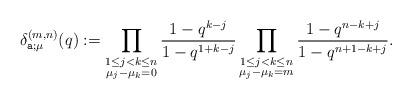
LaTeX: \begin{align*}\delta^{(m,n)}_{\texttt{a};\mu }(q):= \prod_{\substack{1\leq j<k\leq n\\ \mu_j-\mu_k=0}} \frac{1-q^{k-j}}{1-q^{1+k-j}}\prod_{\substack{1\leq j<k\leq n\\ \mu_j-\mu_k=m}} \frac{1-q^{n-k+j}}{1-q^{n+1-k+j}} .\end{align*}